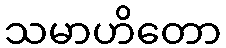
သမာဟိတော